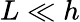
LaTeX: L\ll h